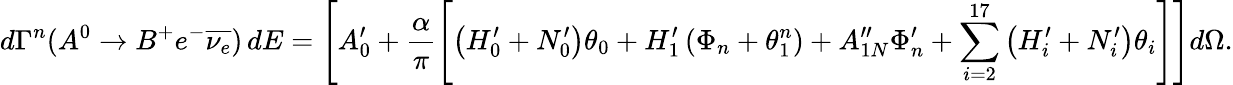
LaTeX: d\Gamma^{n}(A^{0}\rightarrow B^{+}e^{-}\overline{{{\nu_{e}}}})\, dE=\left[A_{0}^{\prime}+\frac{\alpha}{\pi}\left[\left(H_{0}^{\prime}+N_{0}^{\prime}\right)\theta_{0}+H_{1}^{\prime}\left(\Phi_{n}+\theta_{1}^{n}\right)+A_{1N}^{\prime\prime}\Phi_{n}^{\prime}+\sum_{i=2}^{17}\left(H_{i}^{\prime}+N_{i}^{\prime}\right)\theta_{i}\right]\right]d\Omega.